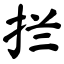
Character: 拦